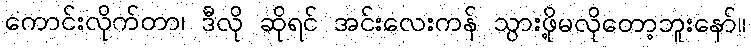
ကောင်းလိုက်တာ၊ ဒီလို ဆိုရင် အင်းလေးကန် သွားဖို့မလိုတော့ဘူးနော်။